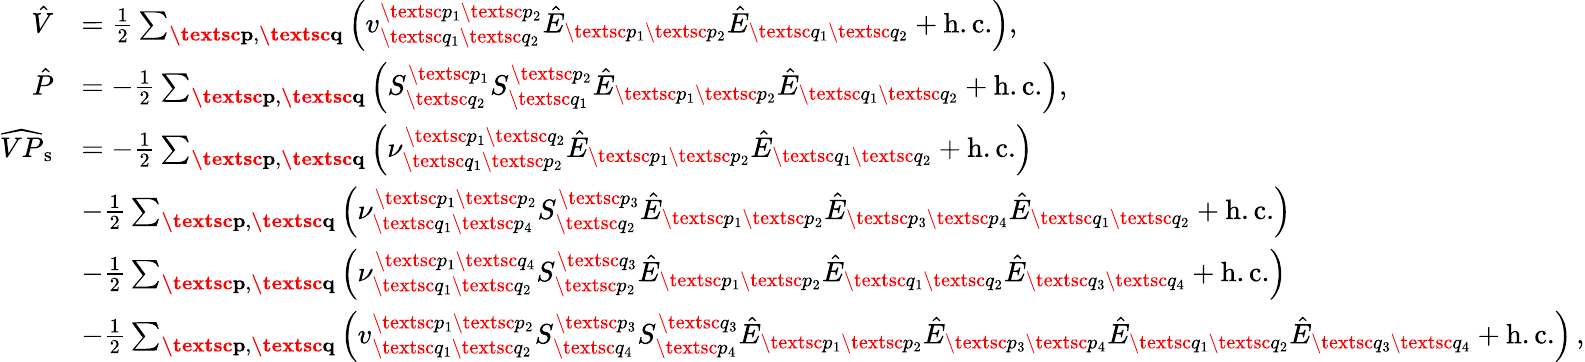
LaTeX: \begin{array}{rl}{\hat{V}}&{=\frac{1}{2}\sum_{\textbf{\textsc{p}},\textbf{\textsc{q}}}\left(v_{\textsc{q}_{1}\textsc{q}_{2}}^{\textsc{p}_{1}\textsc{p}_{2}}\hat{E}_{\textsc{p}_{1}\textsc{p}_{2}}\hat{E}_{\textsc{q}_{1}\textsc{q}_{2}}+\mathrm{h.c.}\right),}\\ {\hat{P}}&{=-\frac{1}{2}\sum_{\substack{\textbf{\textsc{p}},\textbf{\textsc{q}}}}\left(S_{\textsc{q}_{2}}^{\textsc{p}_{1}}S_{\textsc{q}_{1}}^{\textsc{p}_{2}}\hat{E}_{\textsc{p}_{1}\textsc{p}_{2}}\hat{E}_{\textsc{q}_{1}\textsc{q}_{2}}+\mathrm{h.c.}\right),\, }\\ {\widehat{VP}_{\mathrm{s}}}&{=-\frac{1}{2}\sum_{\substack{\textbf{\textsc{p}},\textbf{\textsc{q}}}}\left(\nu_{\textsc{q}_{1}\textsc{p}_{2}}^{\textsc{p}_{1}\textsc{q}_{2}}\hat{E}_{\textsc{p}_{1}\textsc{p}_{2}}\hat{E}_{\textsc{q}_{1}\textsc{q}_{2}}+\mathrm{h.c.}\right)}\\ &{-\frac{1}{2}\sum_{\substack{\textbf{\textsc{p}},\textbf{\textsc{q}}}}\left(\nu_{\textsc{q}_{1}\textsc{p}_{4}}^{\textsc{p}_{1}\textsc{p}_{2}}S_{\textsc{q}_{2}}^{\textsc{p}_{3}}\hat{E}_{\textsc{p}_{1}\textsc{p}_{2}}\hat{E}_{\textsc{p}_{3}\textsc{p}_{4}}\hat{E}_{\textsc{q}_{1}\textsc{q}_{2}}+\mathrm{h.c.}\right)}\\ &{-\frac{1}{2}\sum_{\substack{\textbf{\textsc{p}},\textbf{\textsc{q}}}}\left(\nu_{\textsc{q}_{1}\textsc{q}_{2}}^{\textsc{p}_{1}\textsc{q}_{4}}S_{\textsc{p}_{2}}^{\textsc{q}_{3}}\hat{E}_{\textsc{p}_{1}\textsc{p}_{2}}\hat{E}_{\textsc{q}_{1}\textsc{q}_{2}}\hat{E}_{\textsc{q}_{3}\textsc{q}_{4}}+\mathrm{h.c.}\right)}\\ &{-\frac{1}{2}\sum_{\substack{\textbf{\textsc{p}},\textbf{\textsc{q}}}}\left(v_{\textsc{q}_{1}\textsc{q}_{2}}^{\textsc{p}_{1}\textsc{p}_{2}}S_{\textsc{q}_{4}}^{\textsc{p}_{3}}S_{\textsc{p}_{4}}^{\textsc{q}_{3}}\hat{E}_{\textsc{p}_{1}\textsc{p}_{2}}\hat{E}_{\textsc{p}_{3}\textsc{p}_{4}}\hat{E}_{\textsc{q}_{1}\textsc{q}_{2}}\hat{E}_{\textsc{q}_{3}\textsc{q}_{4}}+\mathrm{h.c.}\right)\, ,}\end{array}